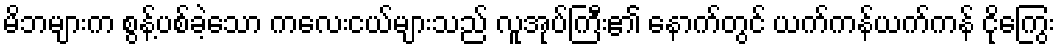
မိဘများက စွန့်ပစ်ခဲ့သော ကလေးငယ်များသည် လူအုပ်ကြီး၏ နောက်တွင် ယက်ကန်ယက်ကန် ငိုကြွေး